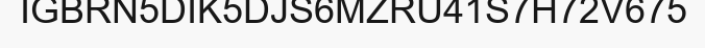
IGBRN5DIK5DJS6MZRU41S7H72V675